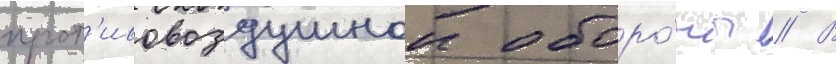
прот'ивовоздушнои оборо́ны // В